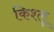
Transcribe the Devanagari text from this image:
किश्लू